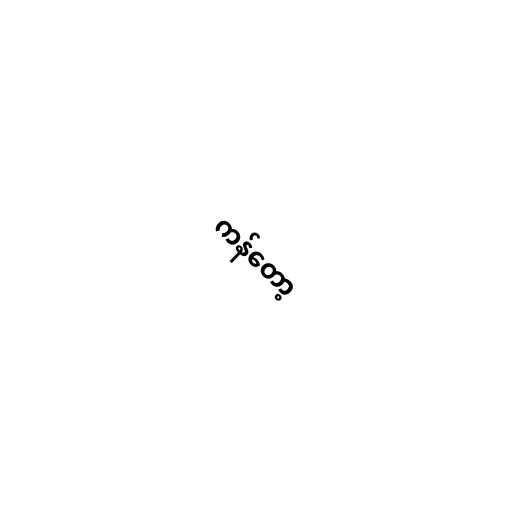
ကန်တော့